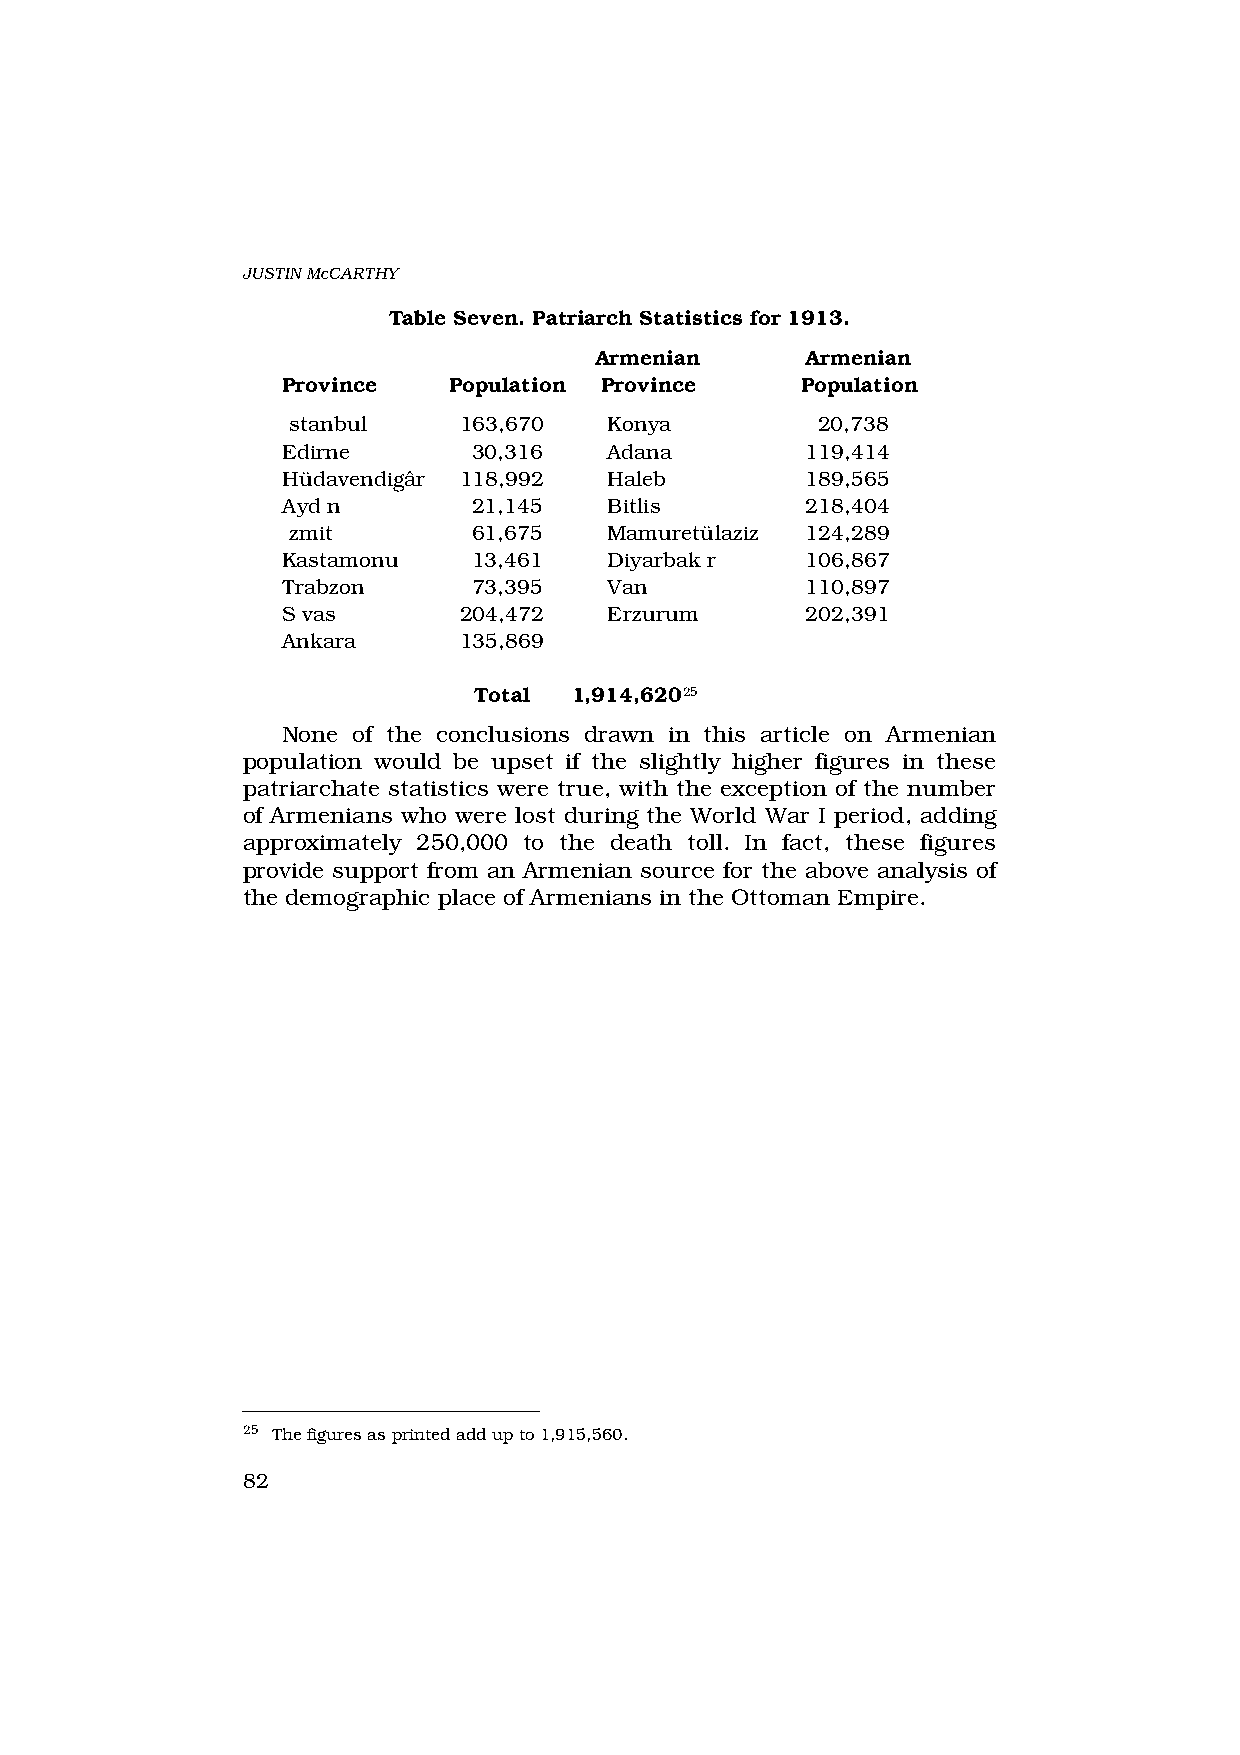
JUSTIN McCARTHY
 Table Seven. Patriarch Statistics for 1913.
 Armenian      Armenian
 Province   Population Province    Population
 ‹stanbul   163,670   Konya         20,738
 Edirne      30,316   Adana        119,414
 Hüdavendigâr 118,992 Haleb        189,565
 Ayd›n       21,145   Bitlis       218,404
 ‹zmit       61,675   Mamuretülaziz 124,289
 Kastamonu   13,461   Diyarbak›r   106,867
 Trabzon     73,395   Van          110,897
 S›vas      204,472   Erzurum      202,391
 Ankara     135,869
 Total  1,914,62025
 None of the conclusions drawn in this article on Armenian
 population would be upset if the slightly higher figures in these
 patriarchate statistics were true, with the exception of the number
 of Armenians who were lost during the World War I period, adding
 approximately 250,000 to the death toll. In fact, these figures
 provide support from an Armenian source for the above analysis of
 the demographic place of Armenians in the Ottoman Empire.
 25 The figures as printed add up to 1,915,560.
 82